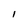
Character: 1